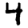
Digit: 4